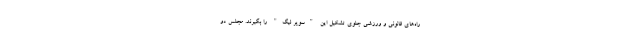
راه‌های قانونی و ورزشی جلوی تشکیل این "سوپر لیگ" را بگیرند. مجلس دو